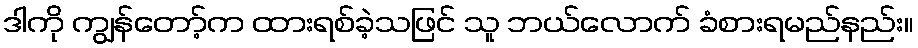
ဒါကို ကျွန်တော့်က ထားရစ်ခဲ့သဖြင် သူ ဘယ်လောက် ခံစားရမည်နည်း။